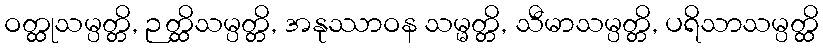
ဝတ္ထုသမ္ပတ္တိ, ဉတ္ထိသမ္ပတ္တိ, အနုဿာဝန သမ္မတ္တိ, သီမာသမ္ပတ္တိ, ပရိသာသမ္ပတ္ထိ